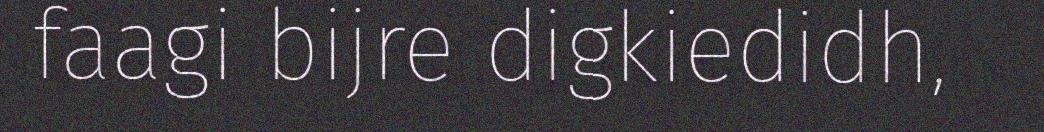
faagi bijre digkiedidh,